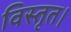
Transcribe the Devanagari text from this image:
विस्तृत।